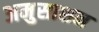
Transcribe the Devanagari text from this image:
अमुसाशन